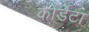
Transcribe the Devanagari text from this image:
कोर्डेटा